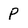
Character: P